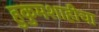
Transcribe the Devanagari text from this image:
हुकुमशाहीचा